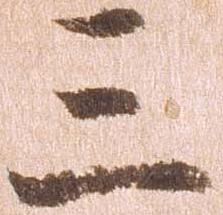
三